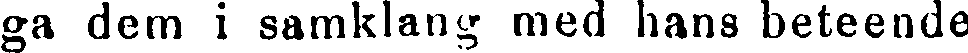
ga dem i samklang med hans beteende